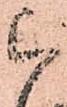
ら